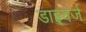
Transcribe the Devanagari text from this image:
डाइवर्ज